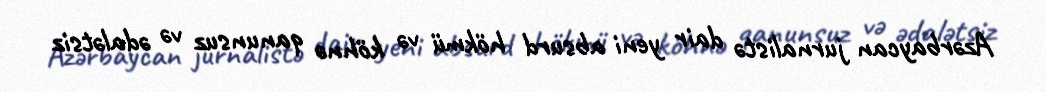
Azərbaycan jurnalistə dair yeni absurd hökmü və köhnə qanunsuz və ədalətsiz